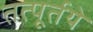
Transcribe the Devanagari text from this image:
तत्पूर्तये